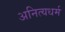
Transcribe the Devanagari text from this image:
अनित्यधर्म